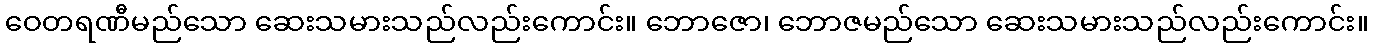
ဝေတရဏီမည်သော ဆေးသမားသည်လည်းကောင်း။ ဘောဇော၊ ဘောဇမည်သော ဆေးသမားသည်လည်းကောင်း။